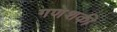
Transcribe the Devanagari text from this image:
गणेशकी